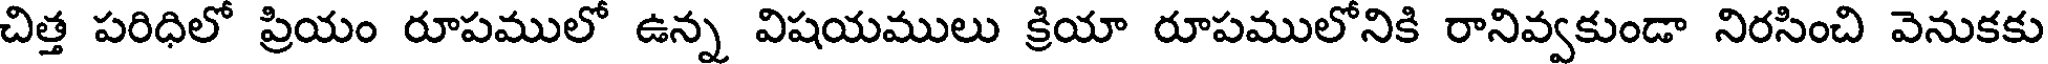
చిత్త పరిధిలో ప్రియం రూపములో ఉన్న విషయములు క్రియా రూపములోనికి రానివ్వకుండా నిరసించి వెనుకకు